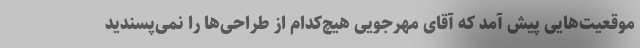
موقعیت‌هایی پیش آمد که آقای مهرجویی هیچ‌کدام از طراحی‌ها را نمی‌پسندید